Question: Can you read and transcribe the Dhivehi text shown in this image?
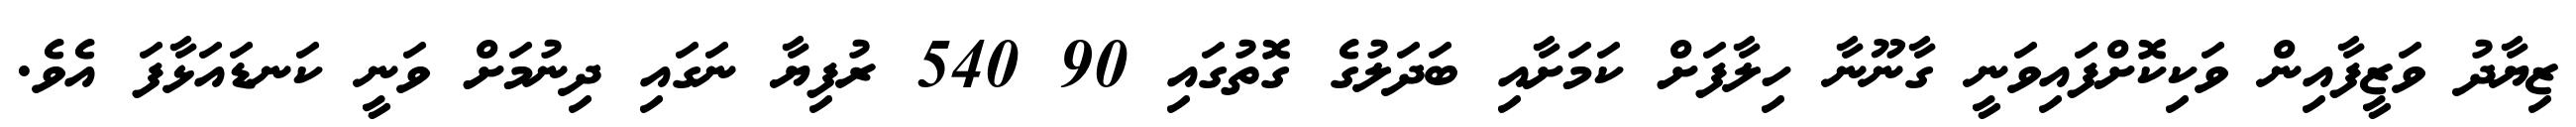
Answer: ޒިޔާދު ވަޒީފާއިން ވަކިކޮށްފައިވަނީ ގާނޫނާ ހިލާފަށް ކަމަށާއި ބަދަލުގެ ގޮތުގައި 90 540 ރުފިޔާ ނަގައި ދިނުމަށް ވަނީ ކަނޑައަޅާފަ އެވެ.